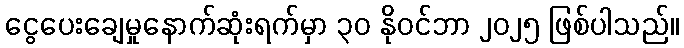
ငွေပေးချေမှုနောက်ဆုံးရက်မှာ ၃၀ နိုဝင်ဘာ ၂၀၂၅ ဖြစ်ပါသည်။